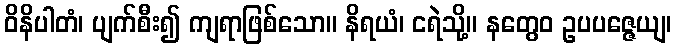
ဝိနိပါတံ၊ ပျက်စီး၍ ကျရာဖြစ်သော။ နိရယံ၊ ငရဲသို့။ နတွေဝ ဥပပဇ္ဇေယျ၊